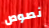
نصوص